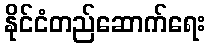
နိုင်ငံတည်ဆောက်ရေး